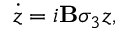
\dot { z } = i \mathbf { B } \sigma _ { 3 } z ,